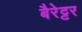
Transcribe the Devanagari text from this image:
बैरेट्टर